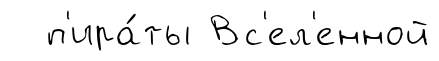
п'ира́ты Вс'ел'енной